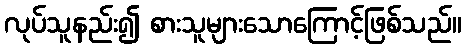
လုပ်သူနည်း၍ စားသူများသောကြောင့်ဖြစ်သည်။